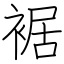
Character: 裾